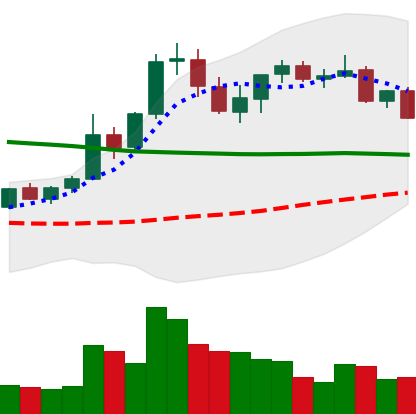
Ticker: XRP-USD
Chart end date: 2021-08-26
Forward return: 10.446%
Label: up_7plus